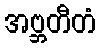
အဗ္ဘတီတံ